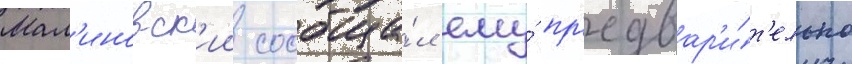
Мал'иновск'ии сообща́л ему́ пр'едвар'и́т'ельно